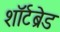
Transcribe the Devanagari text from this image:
शॉर्टब्रेड